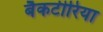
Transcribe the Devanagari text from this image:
बैकटीरिया